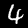
Label: 4